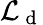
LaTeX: \mathcal{L}_{\mathrm{~d~}}